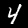
Label: 4